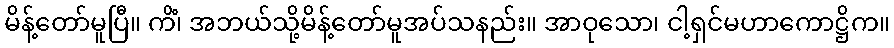
မိန့်တော်မူပြီ။ ကိံ၊ အဘယ်သို့မိန့်တော်မူအပ်သနည်း။ အာဝုသော၊ ငါ့ရှင်မဟာကောဋ္ဌိက။